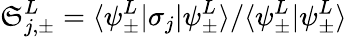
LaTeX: \mathfrak{S}_{j,\pm}^{L}=\langle\psi_{\pm}^{L}|\sigma_{j}|\psi_{\pm}^{L}\rangle/\langle\psi_{\pm}^{L}|\psi_{\pm}^{L}\rangle